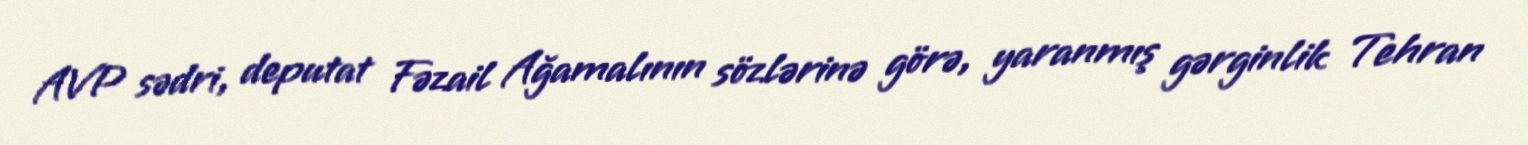
AVP sədri, deputat Fəzail Ağamalının sözlərinə görə, yaranmış gərginlik Tehran